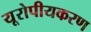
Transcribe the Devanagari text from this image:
यूरोपीयकरण